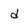
Character: d